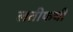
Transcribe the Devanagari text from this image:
लतीफची